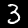
Label: 3